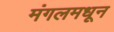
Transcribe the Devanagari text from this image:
मंगलमधून